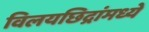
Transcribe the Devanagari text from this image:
विलयछिद्रांमध्ये